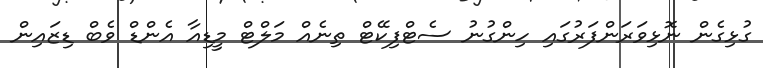
ގުޅިގެން ނޮޅިވަރަންފަރުގައި ހިންގުނު ސެޓްފިކޭޓް ތިނެއް މަލްޓް މީޑިއާ އެންޑް ވެބް ޑިޒައިން